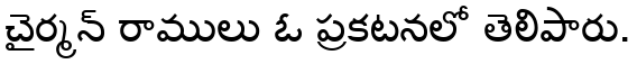
చైర్మన్ రాములు ఓ ప్రకటనలో తెలిపారు.